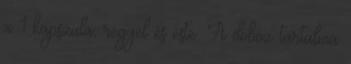
x 1 kapszula, reggel és este. A doboz tartalma